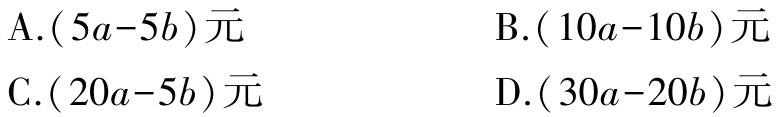
A.$(5a - 5b)$元

B.$(10a - 10b)$元

C.$(20a - 5b)$元

D.$(30a - 20b)$元